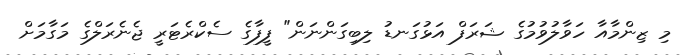
މި ޒިންމާއާ ހަވާލުވުމުގެ ޝަރަފް އަޅުގަނޑު ލިބިގަންނަން" ފީފާގެ ސެކްރެޓަރީ ޖެނެރަލްގެ މަގާމަށް